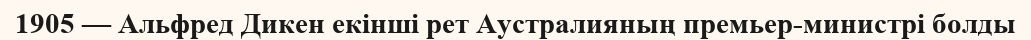
1905 — Альфред Дикен екінші рет Аустралияның премьер-министрі болды